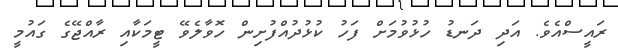
ރައީސްއެވެ. އަދި ދަނޑު ހުޅުވުމަށް ފަހު ކުޅުދުއްފުށިން ހޮވާލެވޭ ޓީމަކާއި ރާއްޖޭގެ ގައުމީ